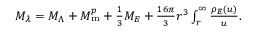
\begin{array} { r } { M _ { \lambda } = M _ { \Lambda } + M _ { \mathrm { m } } ^ { p } + \frac { 1 } { 3 } M _ { E } + \frac { 1 6 \pi } { 3 } r ^ { 3 } \int _ { r } ^ { \infty } \d u \frac { \rho _ { E } ( u ) } { u } . } \end{array}